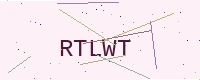
Text: RTLWT